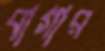
বাগার